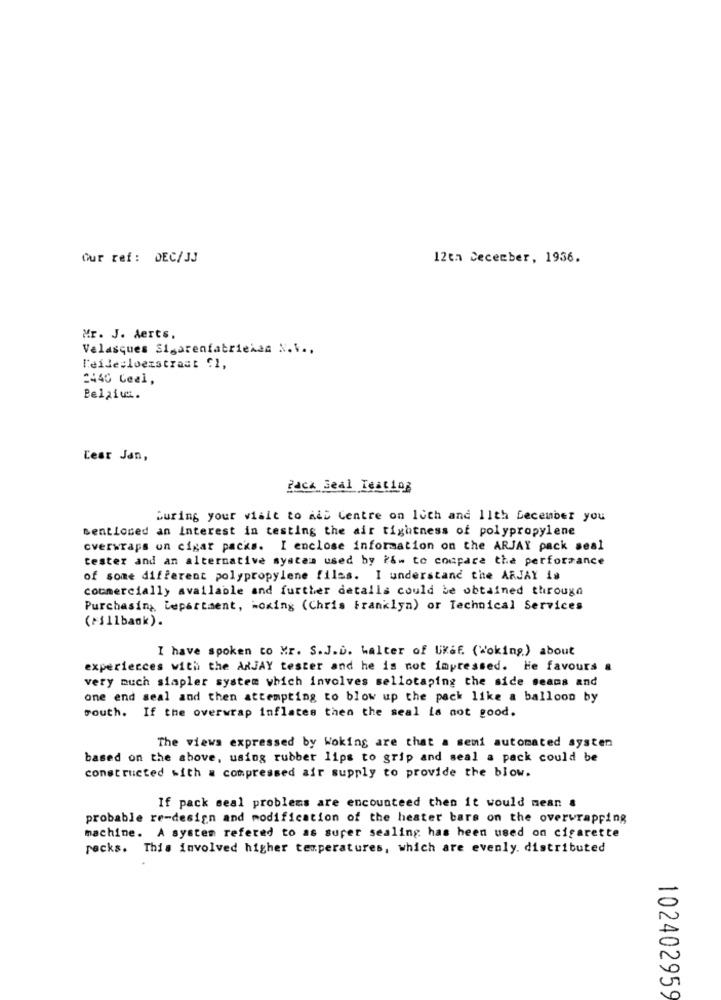
Our ref: DEC/JJ
12th December, 1936.
Mr. J. Aerts,
Velasques Sigarenfabriekan N.Y .,
l'eile:loezstraat €1,
2440 Ceel,
Pelaiw.
Lear Jan,
Pack Seal Testlog
During your visit to Ads Centre on loth and 11th December you
Mentioned an Interest in testing the air tightness of polypropylene
overwraps on cigar packs. I enclose information on the ARJAY pack seal
tester and an alternative system used by ?&# to coupare the performance
of some different polypropylene files. I understand the ARJAY is
commercially available and further details could be obtained through
Purchasing, Department, woking (Chris Franklyn) or Technical Services
(={11bank).
I have spoken to Mr. S.J.D. Walter of UKef. (Woking) about
experiences with the ARJAY tester and he is not impressed. He favours a
very much simpler system which involves sellotaping the side seans and
one end seal and then attempting to blow up the pack like a balloon by
south. If the overwrap inflates then the seal La not good.
The views expressed by Woking are that a semi automated systen
based on the above, using rubber lips to grip and seal a pack could be
constructed with a compressed air supply to provide the blow.
If pack seal problems are encounteed then it would mean a
probable re-design and modification of the heater bars on the overwrapping
machine. A system refered to as surer sealing has been used on cigarette
recks. This involved higher temperatures, which are evenly. distributed
102402959